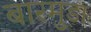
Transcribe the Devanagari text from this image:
बारमुडा